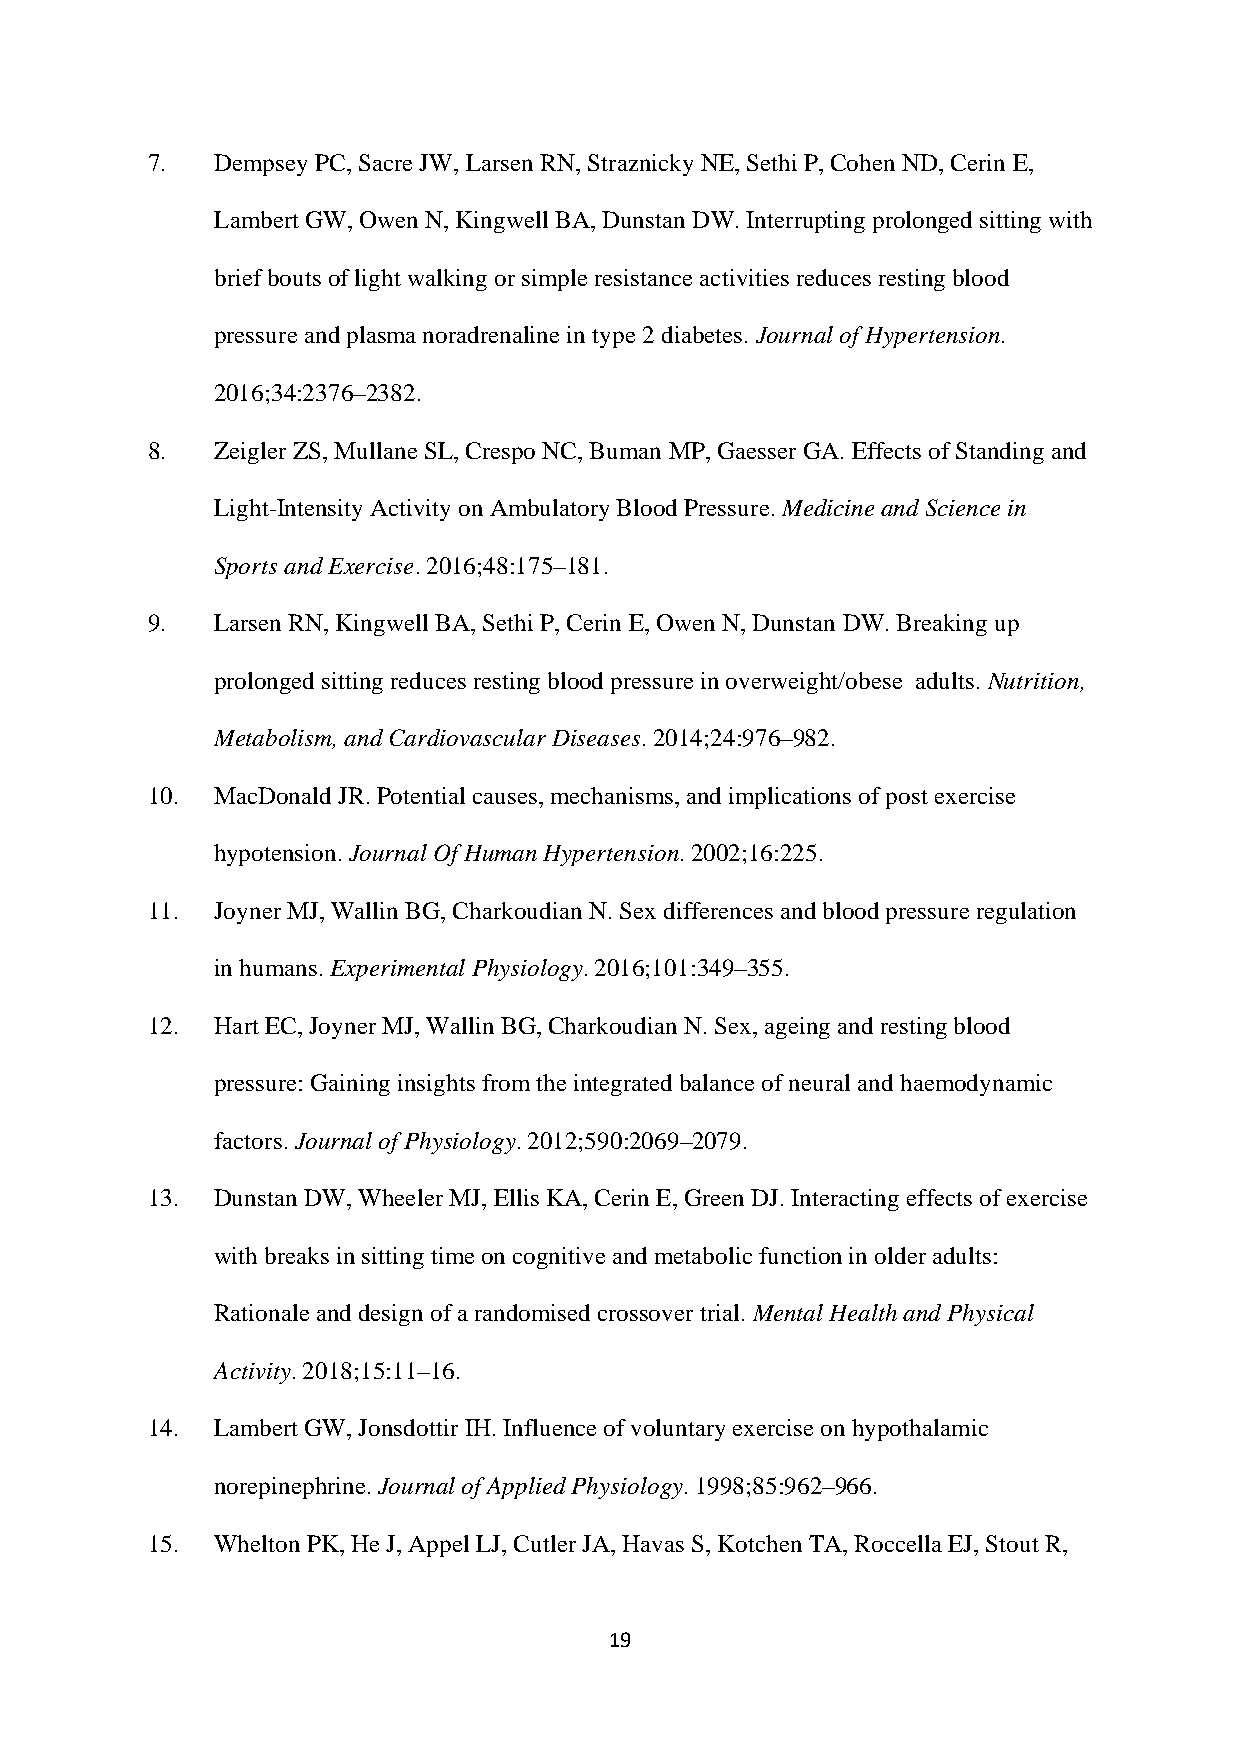
7.  Dempsey PC, Sacre JW, Larsen RN, Straznicky NE, Sethi P, Cohen ND, Cerin E,
 Lambert GW, Owen N, Kingwell BA, Dunstan DW. Interrupting prolonged sitting with
 brief bouts of light walking or simple resistance activities reduces resting blood
 pressure and plasma noradrenaline in type 2 diabetes. Journal of Hypertension.
 2016;34:2376–2382.
 8.  Zeigler ZS, Mullane SL, Crespo NC, Buman MP, Gaesser GA. Effects of Standing and
 Light-Intensity Activity on Ambulatory Blood Pressure. Medicine and Science in
 Sports and Exercise. 2016;48:175–181.
 9.  Larsen RN, Kingwell BA, Sethi P, Cerin E, Owen N, Dunstan DW. Breaking up
 prolonged sitting reduces resting blood pressure in overweight/obese adults. Nutrition,
 Metabolism, and Cardiovascular Diseases. 2014;24:976–982.
 10. MacDonald JR. Potential causes, mechanisms, and implications of post exercise
 hypotension. Journal Of Human Hypertension. 2002;16:225.
 11. Joyner MJ, Wallin BG, Charkoudian N. Sex differences and blood pressure regulation
 in humans. Experimental Physiology. 2016;101:349–355.
 12. Hart EC, Joyner MJ, Wallin BG, Charkoudian N. Sex, ageing and resting blood
 pressure: Gaining insights from the integrated balance of neural and haemodynamic
 factors. Journal of Physiology. 2012;590:2069–2079.
 13. Dunstan DW, Wheeler MJ, Ellis KA, Cerin E, Green DJ. Interacting effects of exercise
 with breaks in sitting time on cognitive and metabolic function in older adults:
 Rationale and design of a randomised crossover trial. Mental Health and Physical
 Activity. 2018;15:11–16.
 14. Lambert GW, Jonsdottir IH. Influence of voluntary exercise on hypothalamic
 norepinephrine. Journal of Applied Physiology. 1998;85:962–966.
 15. Whelton PK, He J, Appel LJ, Cutler JA, Havas S, Kotchen TA, Roccella EJ, Stout R,
 19